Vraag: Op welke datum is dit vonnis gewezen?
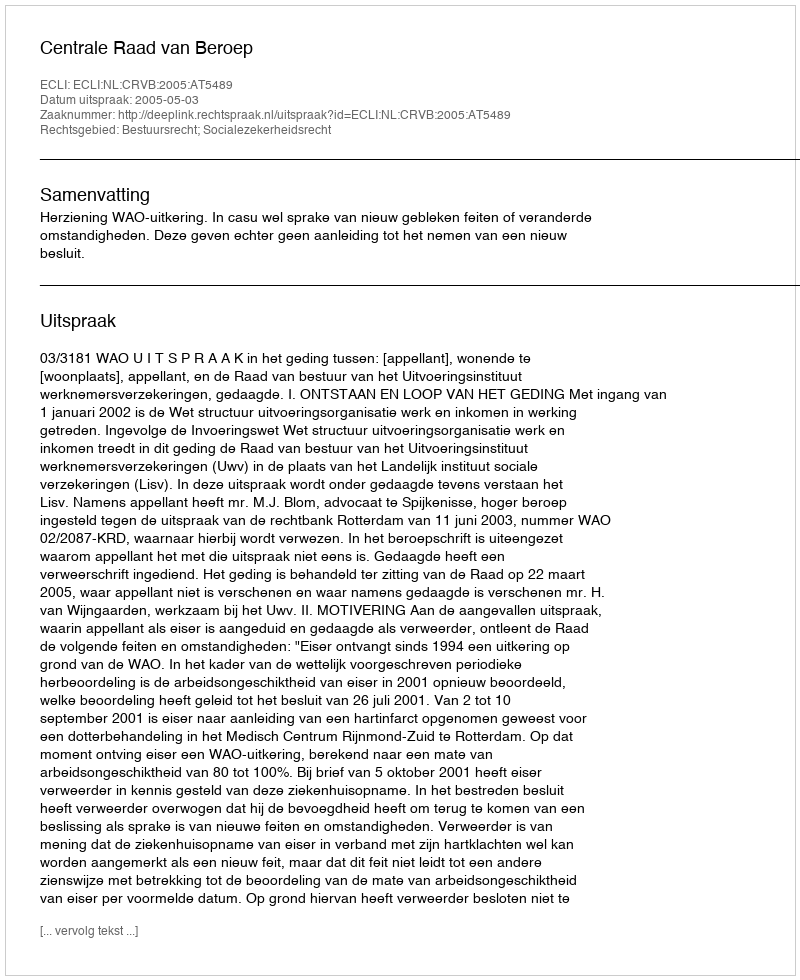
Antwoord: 2005-05-03